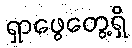
ရှာဖွေတွေ့ရှိ